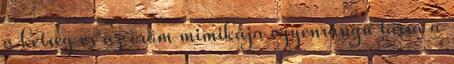
a kétség és az öröm mimikája egyenrangú társa a